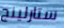
ستارلينج